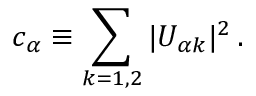
c _ { \alpha } \equiv \sum _ { k = 1 , 2 } | U _ { { \alpha } k } | ^ { 2 } \, .